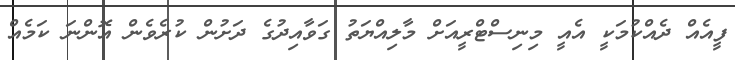
ފީއެއް ދެއްކުމަކީ އެއީ މިނިސްޓްރީއަށް މާލިއްޔަތު ގަވާއިދުގެ ދަށުން ކުރެވެން އޮންނަ ކަމެއް